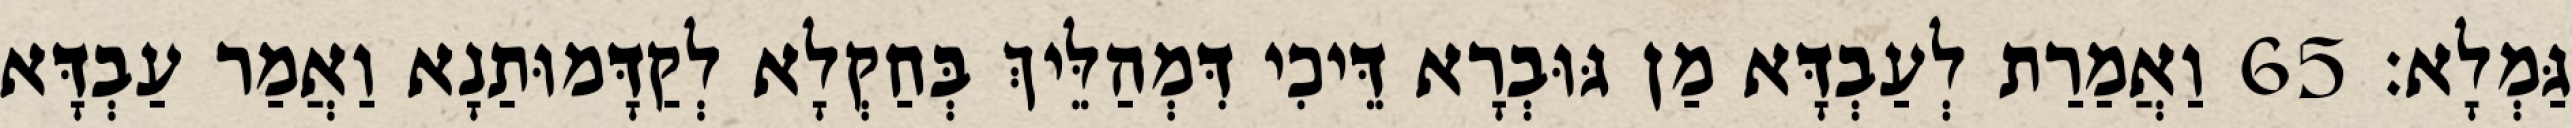
גַּמְלָא׃ 65 וַאֲמַרַת לְעַבְדָּא מַן גּוּבְרָא דֵּיכִי דִּמְהַלֵּיךְ בְּחַקְלָא לְקַדָּמוּתַנָא וַאֲמַר עַבְדָּא